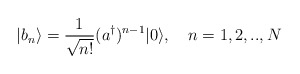
\begin{align*}|b_n\rangle = \frac{1}{\sqrt{n!}} (a^\dagger)^{n-1} |0\rangle, \quad n=1,2,..,N\end{align*}